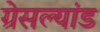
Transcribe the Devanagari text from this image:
ग्रेसल्यांड